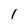
Character: 1